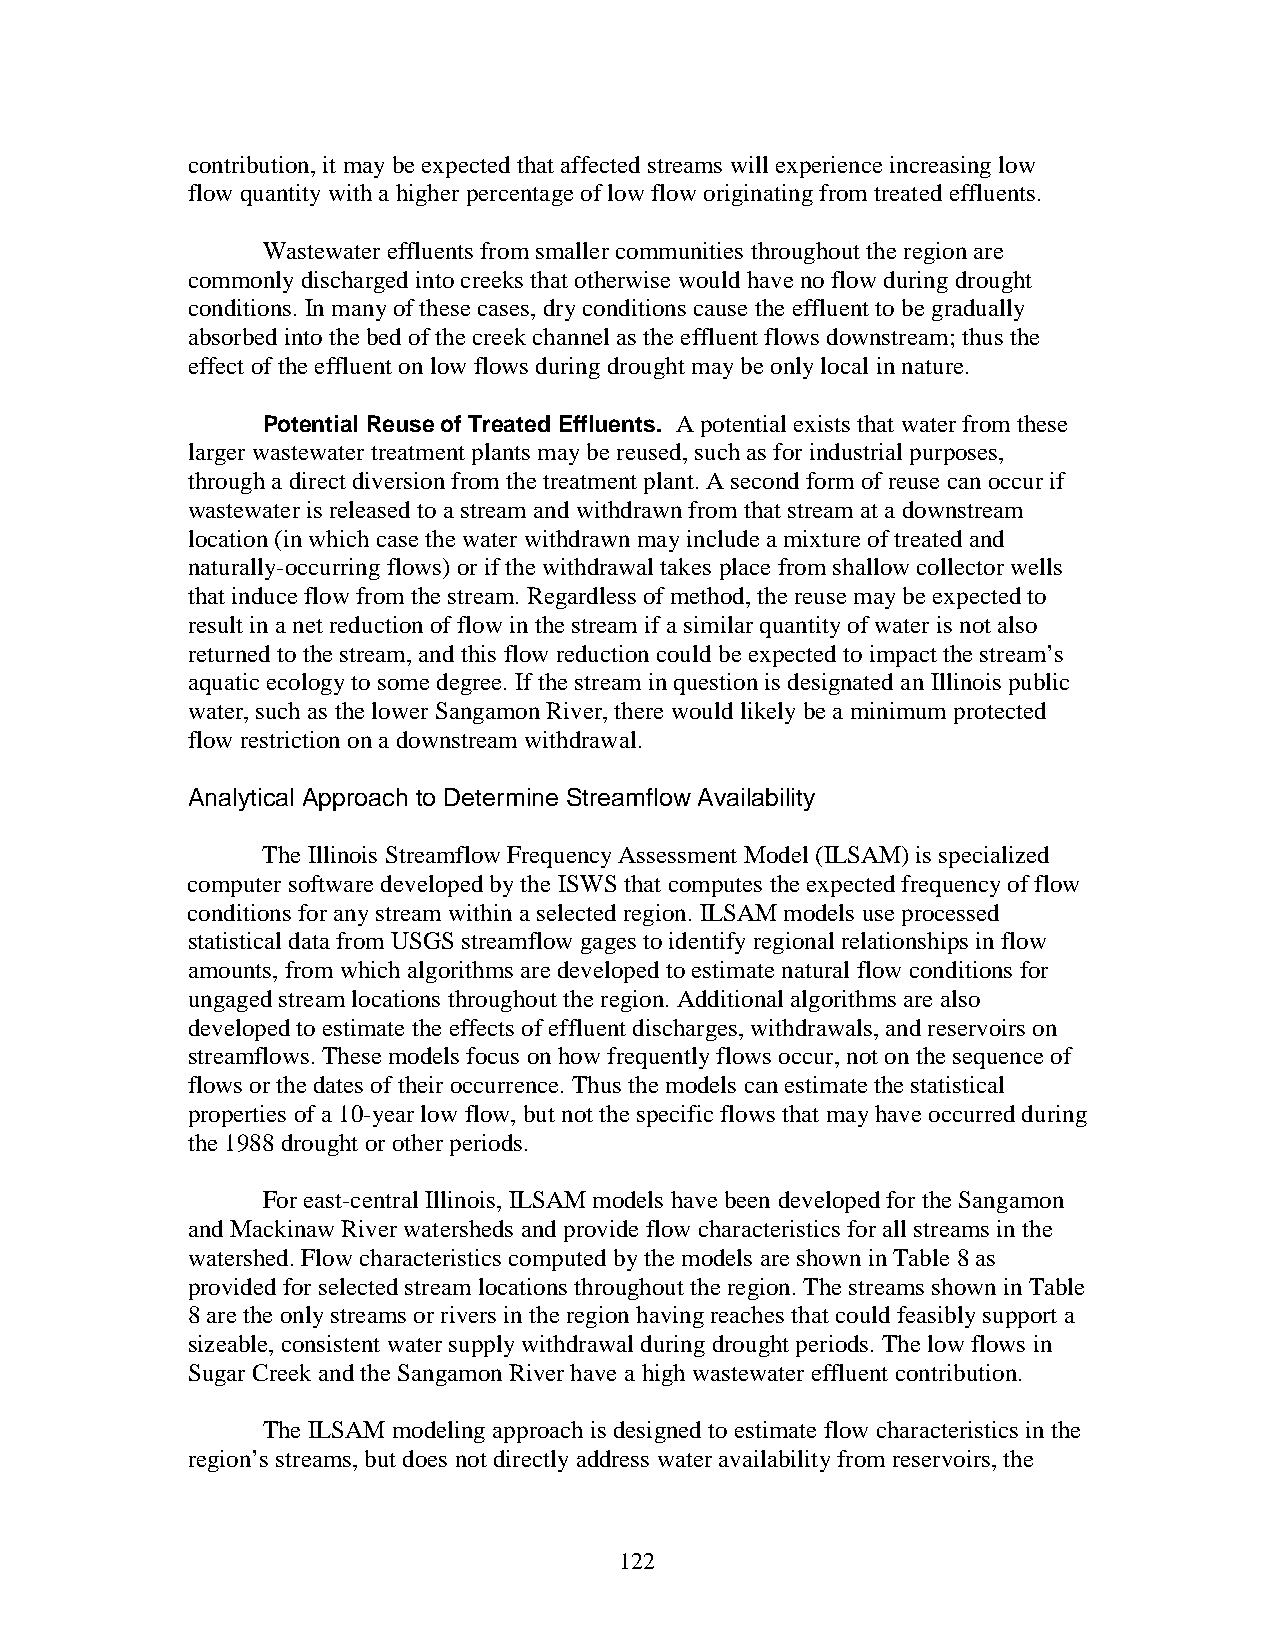
contribution, it may be expected that affected streams will experience increasing low
 flow quantity with a higher percentage of low flow originating from treated effluents.
 Wastewater effluents from smaller communities throughout the region are
 commonly discharged into creeks that otherwise would have no flow during drought
 conditions. In many of these cases, dry conditions cause the effluent to be gradually
 absorbed into the bed of the creek channel as the effluent flows downstream; thus the
 effect of the effluent on low flows during drought may be only local in nature.
 Potential Reuse of Treated Effluents. A potential exists that water from these
 larger wastewater treatment plants may be reused, such as for industrial purposes,
 through a direct diversion from the treatment plant. A second form of reuse can occur if
 wastewater is released to a stream and withdrawn from that stream at a downstream
 location (in which case the water withdrawn may include a mixture of treated and
 naturally-occurring flows) or if the withdrawal takes place from shallow collector wells
 that induce flow from the stream. Regardless of method, the reuse may be expected to
 result in a net reduction of flow in the stream if a similar quantity of water is not also
 returned to the stream, and this flow reduction could be expected to impact the stream’s
 aquatic ecology to some degree. If the stream in question is designated an Illinois public
 water, such as the lower Sangamon River, there would likely be a minimum protected
 flow restriction on a downstream withdrawal.
 Analytical Approach to Determine Streamflow Availability
 The Illinois Streamflow Frequency Assessment Model (ILSAM) is specialized
 computer software developed by the ISWS that computes the expected frequency of flow
 conditions for any stream within a selected region. ILSAM models use processed
 statistical data from USGS streamflow gages to identify regional relationships in flow
 amounts, from which algorithms are developed to estimate natural flow conditions for
 ungaged stream locations throughout the region. Additional algorithms are also
 developed to estimate the effects of effluent discharges, withdrawals, and reservoirs on
 streamflows. These models focus on how frequently flows occur, not on the sequence of
 flows or the dates of their occurrence. Thus the models can estimate the statistical
 properties of a 10-year low flow, but not the specific flows that may have occurred during
 the 1988 drought or other periods.
 For east-central Illinois, ILSAM models have been developed for the Sangamon
 and Mackinaw River watersheds and provide flow characteristics for all streams in the
 watershed. Flow characteristics computed by the models are shown in Table 8 as
 provided for selected stream locations throughout the region. The streams shown in Table
 8 are the only streams or rivers in the region having reaches that could feasibly support a
 sizeable, consistent water supply withdrawal during drought periods. The low flows in
 Sugar Creek and the Sangamon River have a high wastewater effluent contribution.
 The ILSAM modeling approach is designed to estimate flow characteristics in the
 region’s streams, but does not directly address water availability from reservoirs, the
 122